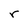
Character: r